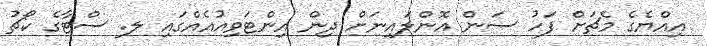
އިއްޔެގެ މެޗަށް ފަހު ސަން އޮންލައިނަށް ދިން އިންޓަވިއުއެއްގައި ލ. ސްޓާގެ ކޯޗު